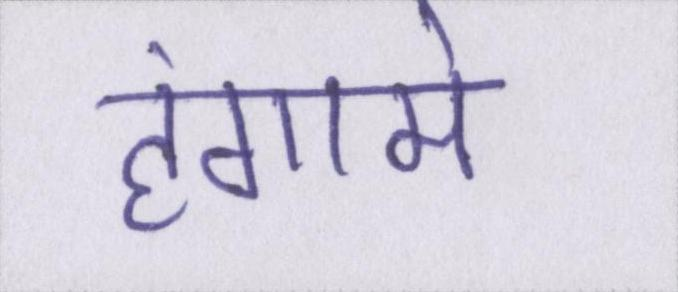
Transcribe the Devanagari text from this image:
हंगामे